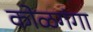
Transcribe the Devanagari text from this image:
कोळगंगा